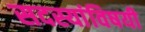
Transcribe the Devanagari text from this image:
सदस्यांविषयी